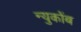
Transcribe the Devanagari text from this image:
न्युकोंब